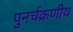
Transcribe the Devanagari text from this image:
पुनर्चक्रणीय